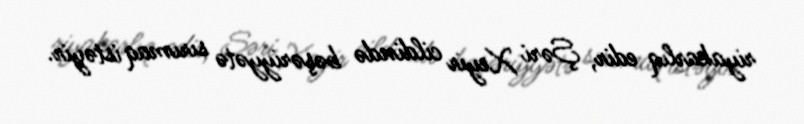
riyakarlıq edir, Şəri Xeyir cildində bəşəriyyətə sırımaq istəyir.